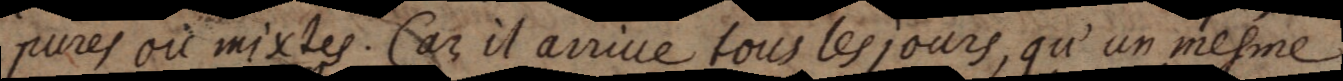
pures ou mixtes. Car il arrive tous les jours, qu’un mesme